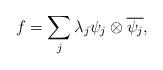
LaTeX: \begin{align*}f = \sum_j \lambda_j \psi_j \otimes \overline{\psi_j},\end{align*}